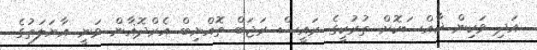
އަދި ވަކިން ޚާއްސަކޮށް ތުރުކީގެ ރައީސް ރަޖަބް ތޮއްޔިބް އެރްދޮޣާން ވަނީ އާޔަލަތުގެ